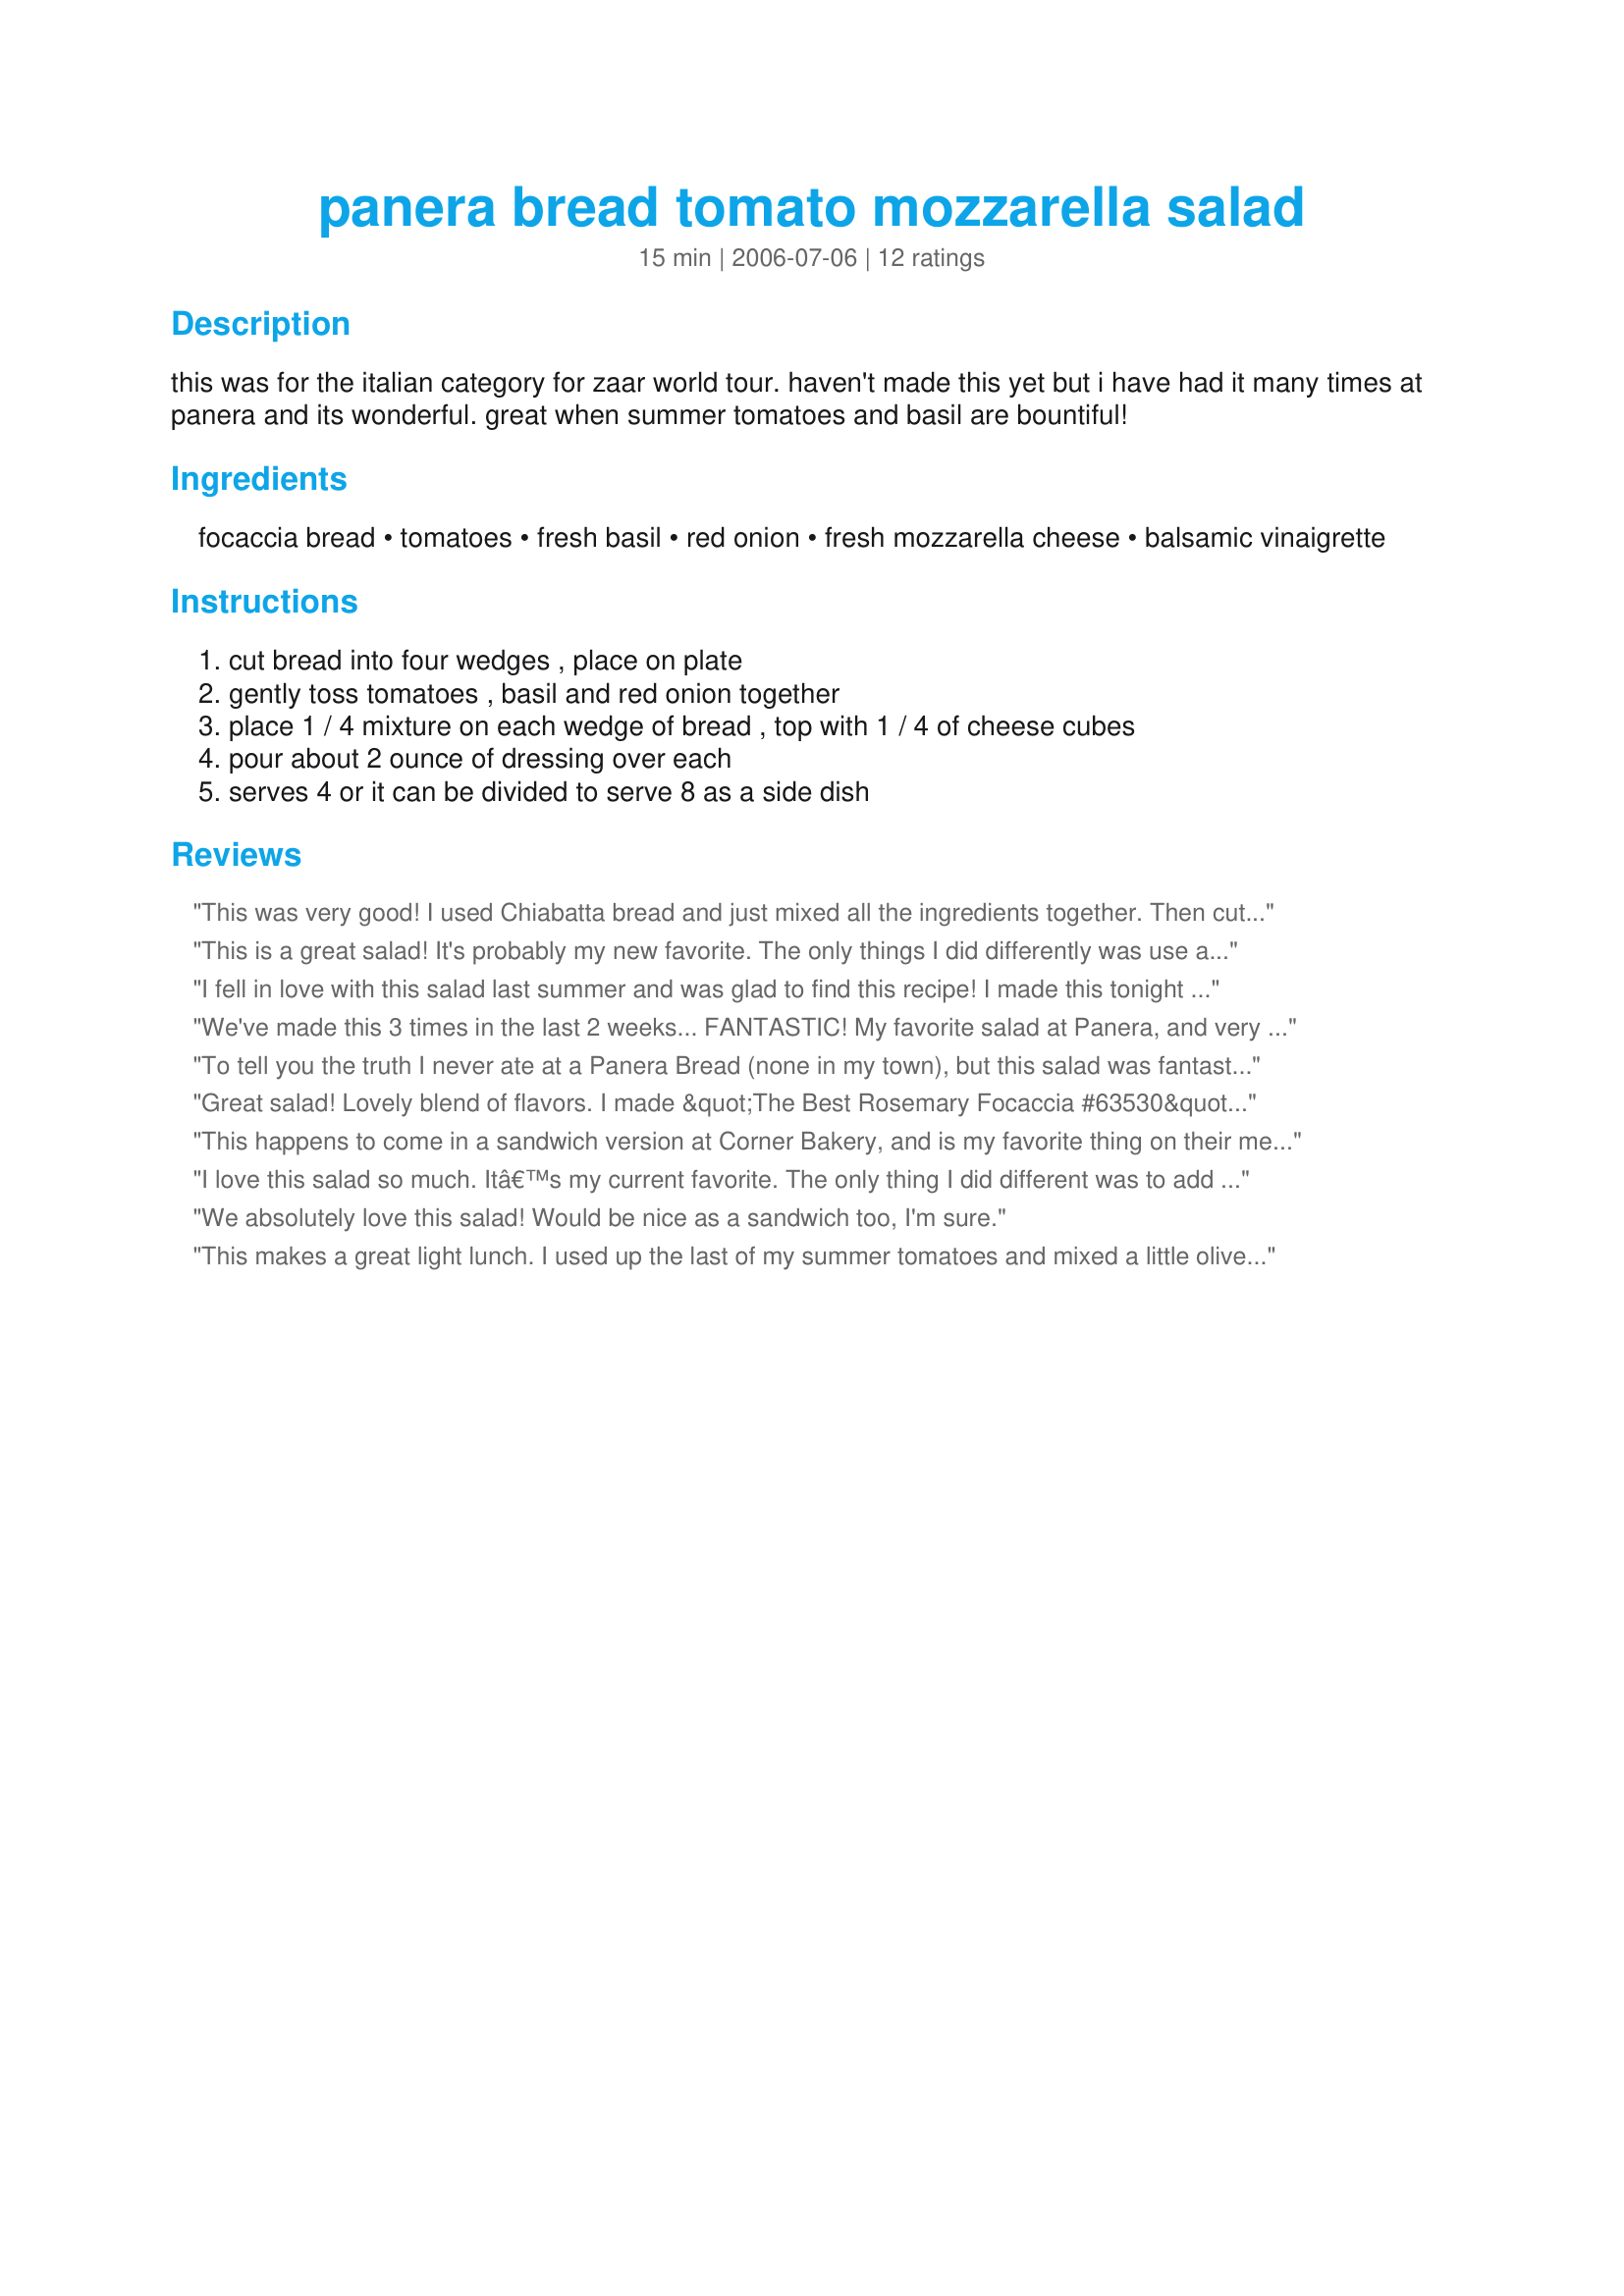
panera bread tomato mozzarella salad
Preparation time: 15 minutes

this was for the italian category for zaar world tour. haven't made this yet but i have had it many times at panera and its wonderful. great when summer tomatoes and basil are bountiful!

Ingredients:
focaccia bread, tomatoes, fresh basil, red onion, fresh mozzarella cheese, balsamic vinaigrette

Steps:
cut bread into four wedges , place on plate, gently toss tomatoes , basil and red onion together, place 1 / 4 mixture on each wedge of bread , top with 1 / 4 of cheese cubes, pour about 2 ounce of dressing over each, serves 4 or it can be divided to serve 8 as a side dish

Reviews:
This was very good! I used Chiabatta bread and just mixed all the ingredients together. Then cut the bread into wedges and spooned it onto the bread. This will make a great appetizer this summer. Thanks!
This is a great salad! It's probably my new favorite. The only things I did differently was use a few slices of gluten free french bread since I can't have foccacia, and I left out the red onion because I didn't have any on hand. But I can't wait to try it with the salad when I get some!
I fell in love with this salad last summer and was glad to find this recipe! I made this tonight to go along with steaks on the grill. It was Delicious!!!! Thank you so much for posting this so I'm able to enjoy one of my favorites at home!
We've made this 3 times in the last 2 weeks... FANTASTIC! My favorite salad at Panera, and very easy to prepare at home. Can't wait until summer when tomatoes are plentiful!
To tell you the truth I never ate at a Panera Bread (none in my town), but this salad was fantastic. Tomato and mozzarella salads are my BF's favoirte and coupled with the focaccia it was fantastic, and a main dish for vegetarians like us - I served it with a side salad. Also I went easy on the red onion and added a bit more cheese. Left the basil off my BF's share (personal preference) but added plenty to my own. Used recipe#178534 for the vinaigrette. Made for PARTY game 2009.
Great salad! Lovely blend of flavors. I made &quot;The Best Rosemary Focaccia #63530&quot; recipe from this site for the bread.
This happens to come in a sandwich version at Corner Bakery, and is my favorite thing on their menu, so I knew I would love this recipe. It was sooooo good. Normally I detest tomatoes, but with the balsamic vinegar & oil, salt pepper, and I added a dash of garlic powder, it takes away the watery tomatoey taste that I don't like. I will make this again many times, thanks so much for posting it!
I love this salad so much. Itâ€™s my current favorite. The only thing I did different was to add a little salt and pepper. I tried it both ways, but adding the salt and pepper really brought all the wonderful flavors out.
We absolutely love this salad! Would be nice as a sandwich too, I'm sure.
This makes a great light lunch. I used up the last of my summer tomatoes and mixed a little olive oil, balsamic vinager, salt and pepper for the vinaigrette. I am looking forward to eating the left overs for lunch tomorrow.
Just a comment...I absolutely adore their salad. So glad you've posted this. Straight into my favorites. THX, Caroline
I made this for Favorites of 2009 Tag game...thanks to Kumquat the Cat for putting it in her cookbook! This is delicious! I wish it was summer and I could really enjoy a great homegrown tomato in the recipe!
